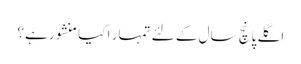
اگلے پانچ سال کے لئے تمہار ا کیا منشور ہے؟